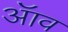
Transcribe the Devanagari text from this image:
ॲाव